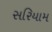
સરિયામ